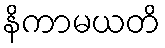
နိကာမယတိ